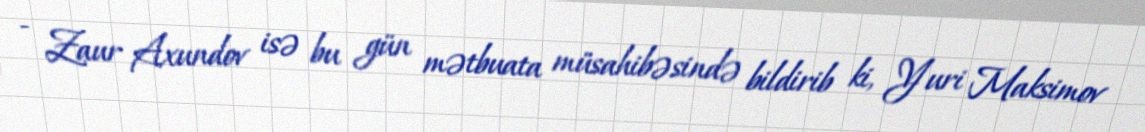
- Zaur Axundov isə bu gün mətbuata müsahibəsində bildirib ki, Yuri Maksimov